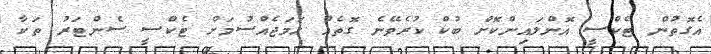
އެގޮތުން ޓެކްސީ އޮންލައިންކޮށް ބުކް ކުރެވޭނެ ގޮތެއް ހަމަޖެއްސުމަށް ޓެކްސީ ސެންޓަރު ތަކާ